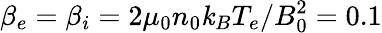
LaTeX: \beta_{e}=\beta_{i}=2\mu_{0}n_{0}\mathit{k}_{B}T_{e}/B_{0}^{2}=0.1